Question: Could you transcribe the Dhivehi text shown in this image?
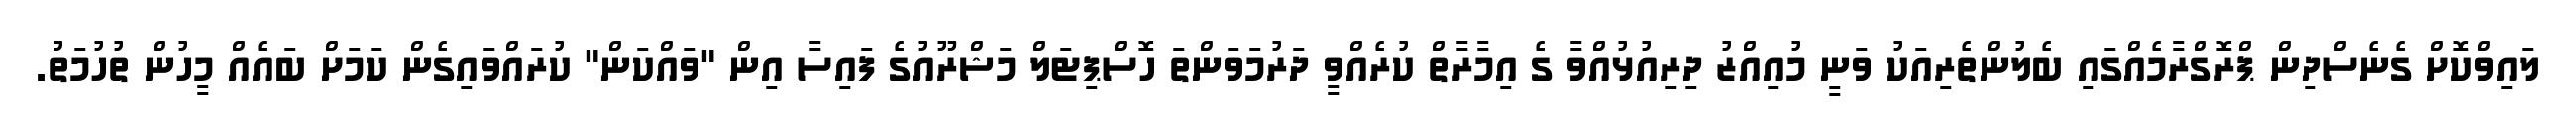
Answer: ލައިވްކޮށް ގެނެސްދިން ޕްރޮގްރާމެއްގައި ބެލުންތެރިއަކު ވަނީ މުއިއްޒު ދިރިއުޅުއްވާ ގެ އިމާރާތް ކުރެއްވީ ދަރުމަވަންތަ ހޮސްޕިޓަލް މަޝްރޫއުގެ ފައިސާ އިން "ވައްކަން" ކުރައްވައިގެން ކަމަށް ބައެއް މީހުން ތުހުމަތު.